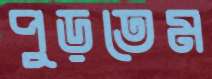
পুড়তেম